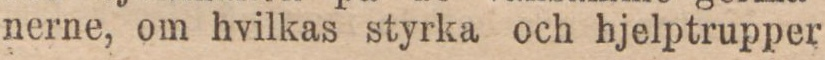
nerne, om hvilkas styrka och hjelptrupper